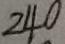
2 4 0